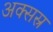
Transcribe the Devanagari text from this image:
अक्सस्र